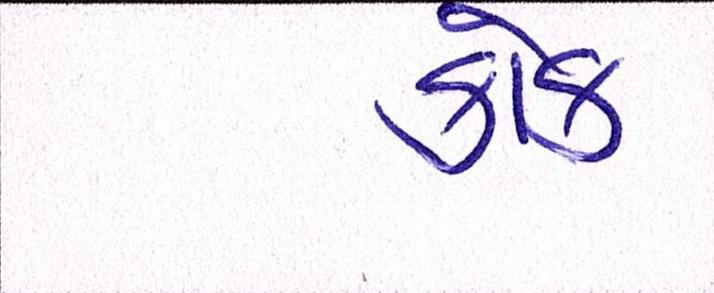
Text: કોક